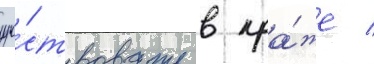
уча́ствовать в кра́же /